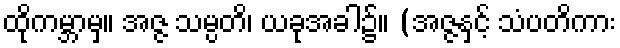
ထိုကမ္ဘာမှ။ အဇ္ဇ သမ္ပတိ၊ ယခုအခါ၌။ (အဇ္ဇနှင့် သံပတိကား